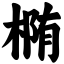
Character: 椭